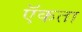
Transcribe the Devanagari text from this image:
ऍकता